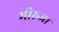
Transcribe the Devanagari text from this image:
भौरुआ